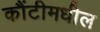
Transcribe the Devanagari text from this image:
कौंटीमधील